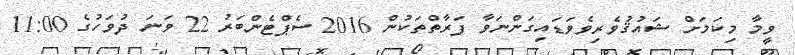
ވީމާ މިކަމަށް ޝައުޤުވެރިވެވަޑައިގަންނަވާ ފަރާތްތަކުން 2016 ސެޕްޓެންބަރު 22 ވަނަ ދުވަހުގެ 11:00